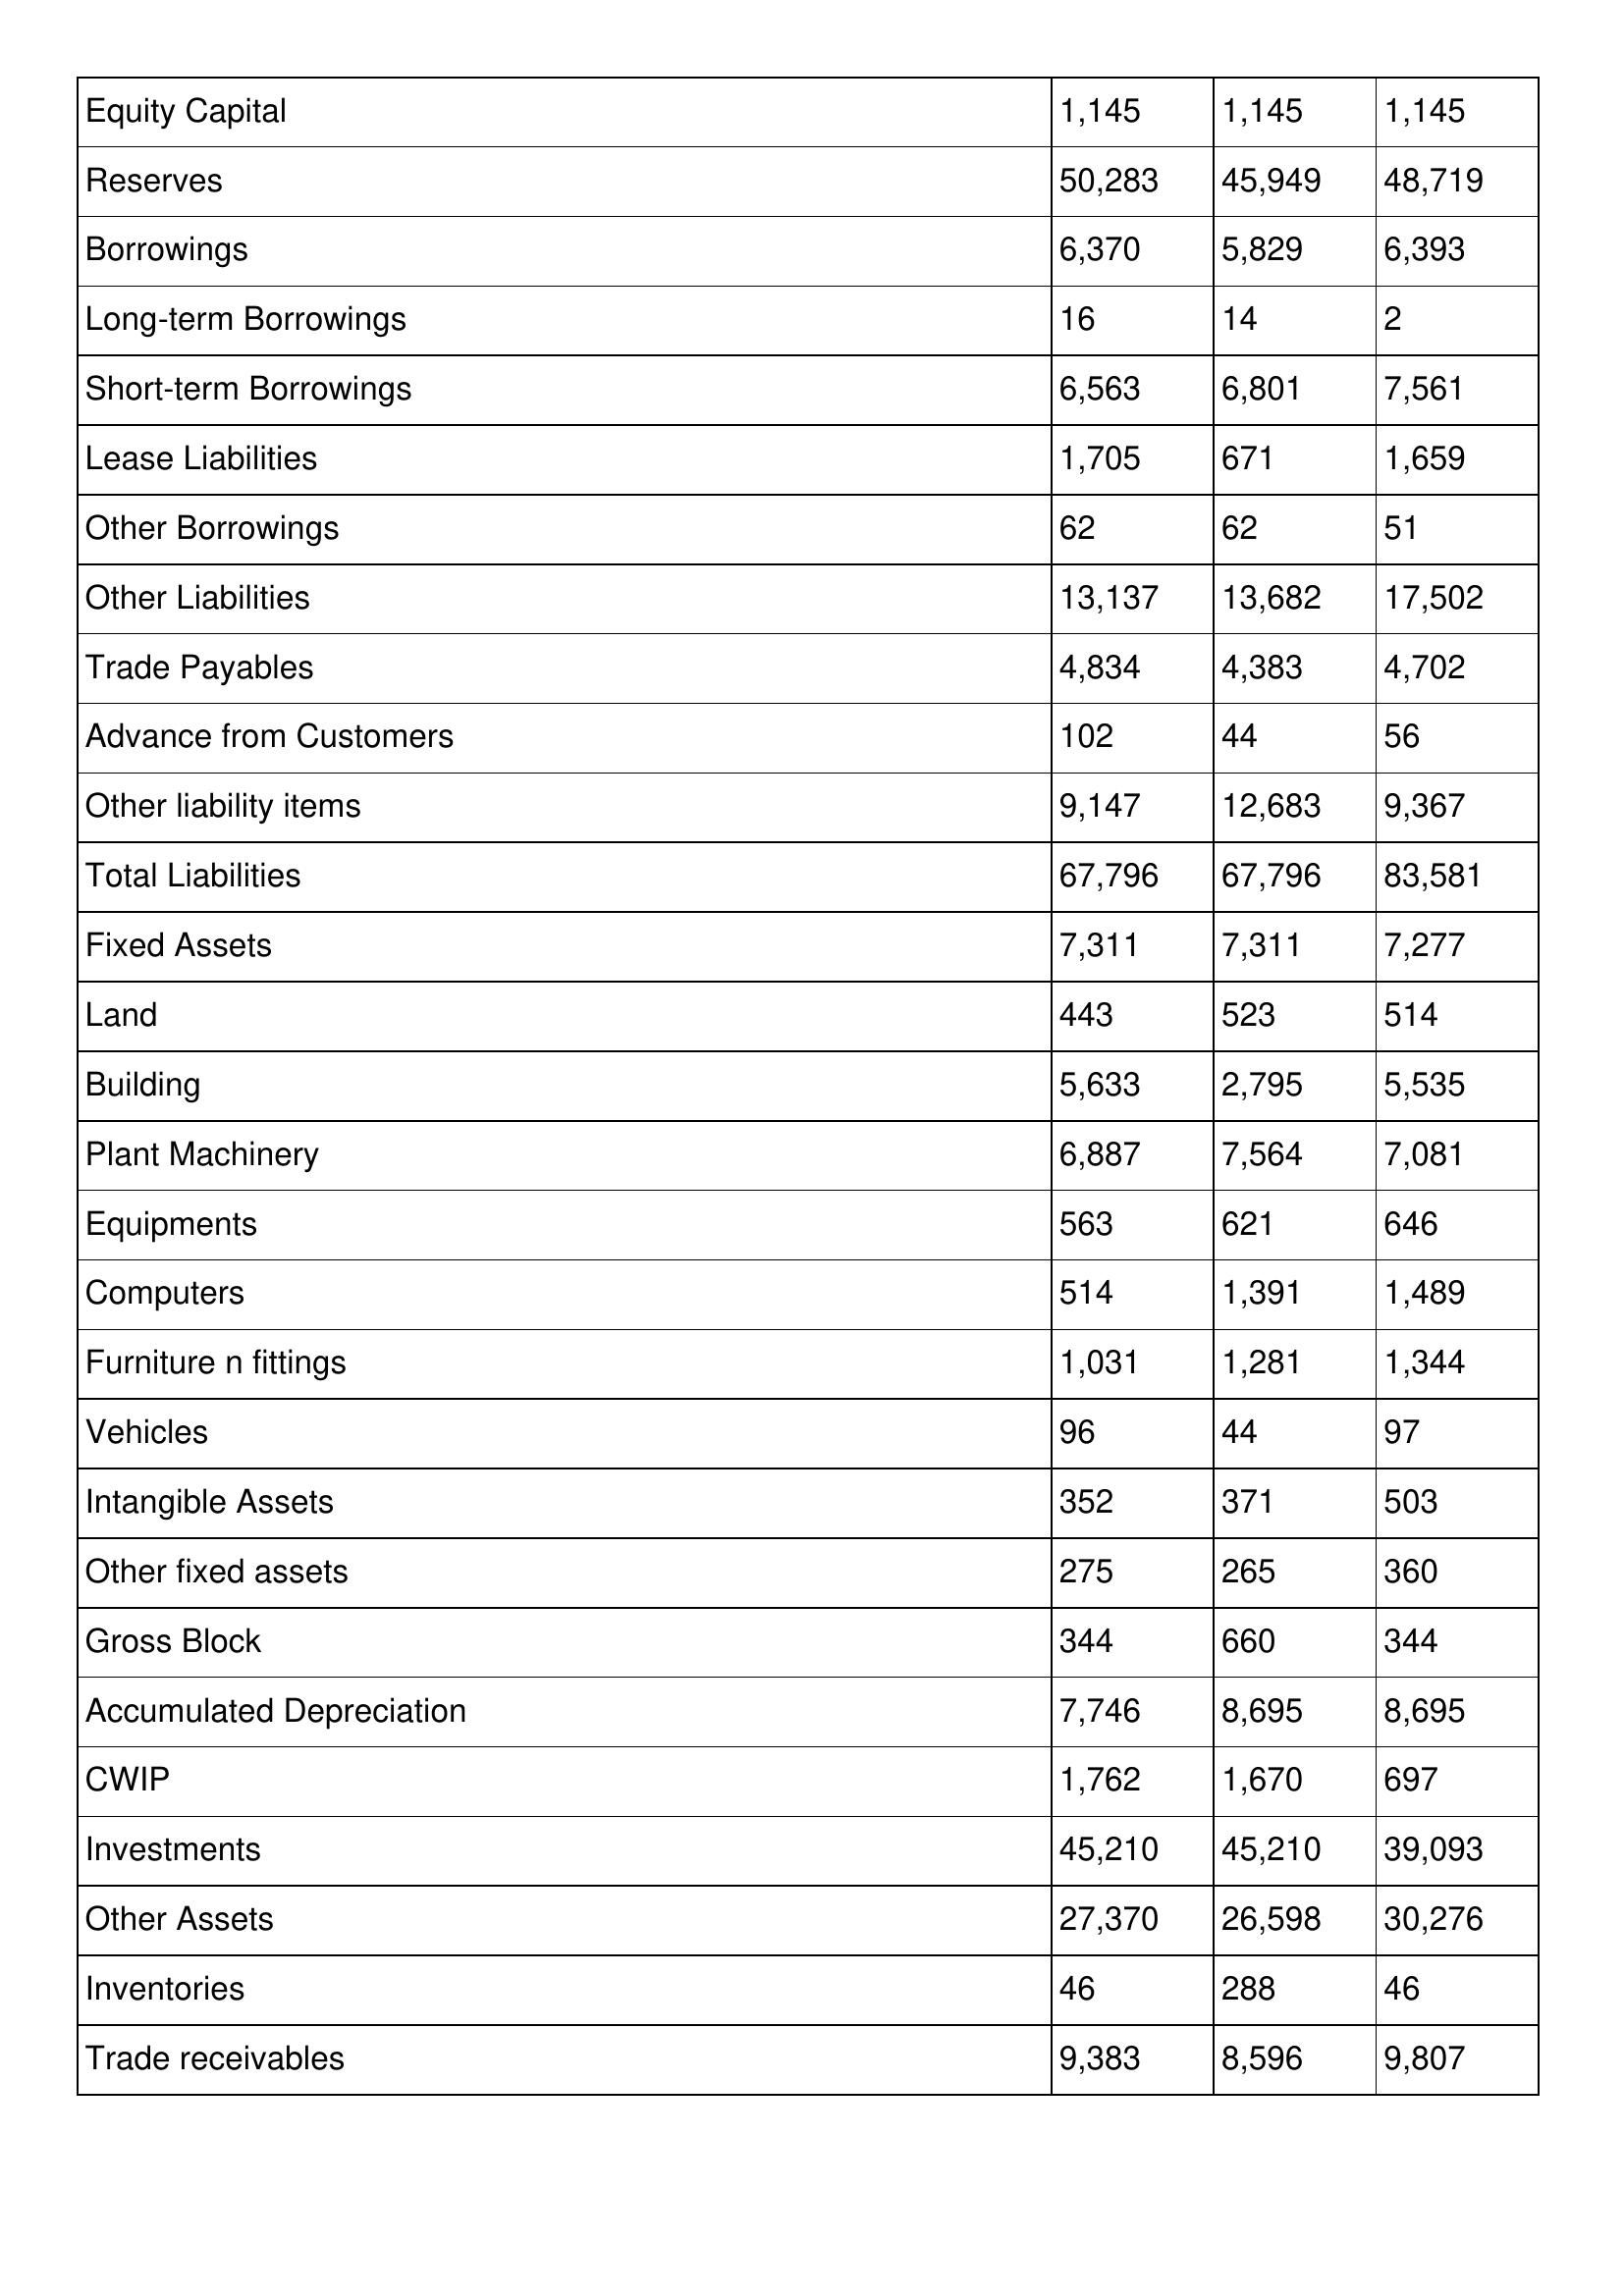
gt_parse: 2005: Balance Sheet: Equity Capital: 1,145
Reserves: 50,283
Borrowings: 6,370
Long-term Borrowings: 16
Short-term Borrowings: 6,563
Lease Liabilities: 1,705
Other Borrowings: 62
Other Liabilities: 13,137
Trade Payables: 4,834
Advance from Customers: 102
Other liability items: 9,147
Total Liabilities: 67,796
Fixed Assets: 7,311
Land: 443
Building: 5,633
Plant Machinery: 6,887
Equipments: 563
Computers: 514
Furniture n fittings: 1,031
Vehicles: 96
Intangible Assets: 352
Other fixed assets: 275
Gross Block: 344
Accumulated Depreciation: 7,746
CWIP: 1,762
Investments: 45,210
Other Assets: 27,370
Inventories: 46
Trade receivables: 9,383
2004: Balance Sheet: Equity Capital: 1,145
Reserves: 45,949
Borrowings: 5,829
Long-term Borrowings: 14
Short-term Borrowings: 6,801
Lease Liabilities: 671
Other Borrowings: 62
Other Liabilities: 13,682
Trade Payables: 4,383
Advance from Customers: 44
Other liability items: 12,683
Total Liabilities: 67,796
Fixed Assets: 7,311
Land: 523
Building: 2,795
Plant Machinery: 7,564
Equipments: 621
Computers: 1,391
Furniture n fittings: 1,281
Vehicles: 44
Intangible Assets: 371
Other fixed assets: 265
Gross Block: 660
Accumulated Depreciation: 8,695
CWIP: 1,670
Investments: 45,210
Other Assets: 26,598
Inventories: 288
Trade receivables: 8,596
2003: Balance Sheet: Equity Capital: 1,145
Reserves: 48,719
Borrowings: 6,393
Long-term Borrowings: 2
Short-term Borrowings: 7,561
Lease Liabilities: 1,659
Other Borrowings: 51
Other Liabilities: 17,502
Trade Payables: 4,702
Advance from Customers: 56
Other liability items: 9,367
Total Liabilities: 83,581
Fixed Assets: 7,277
Land: 514
Building: 5,535
Plant Machinery: 7,081
Equipments: 646
Computers: 1,489
Furniture n fittings: 1,344
Vehicles: 97
Intangible Assets: 503
Other fixed assets: 360
Gross Block: 344
Accumulated Depreciation: 8,695
CWIP: 697
Investments: 39,093
Other Assets: 30,276
Inventories: 46
Trade receivables: 9,807